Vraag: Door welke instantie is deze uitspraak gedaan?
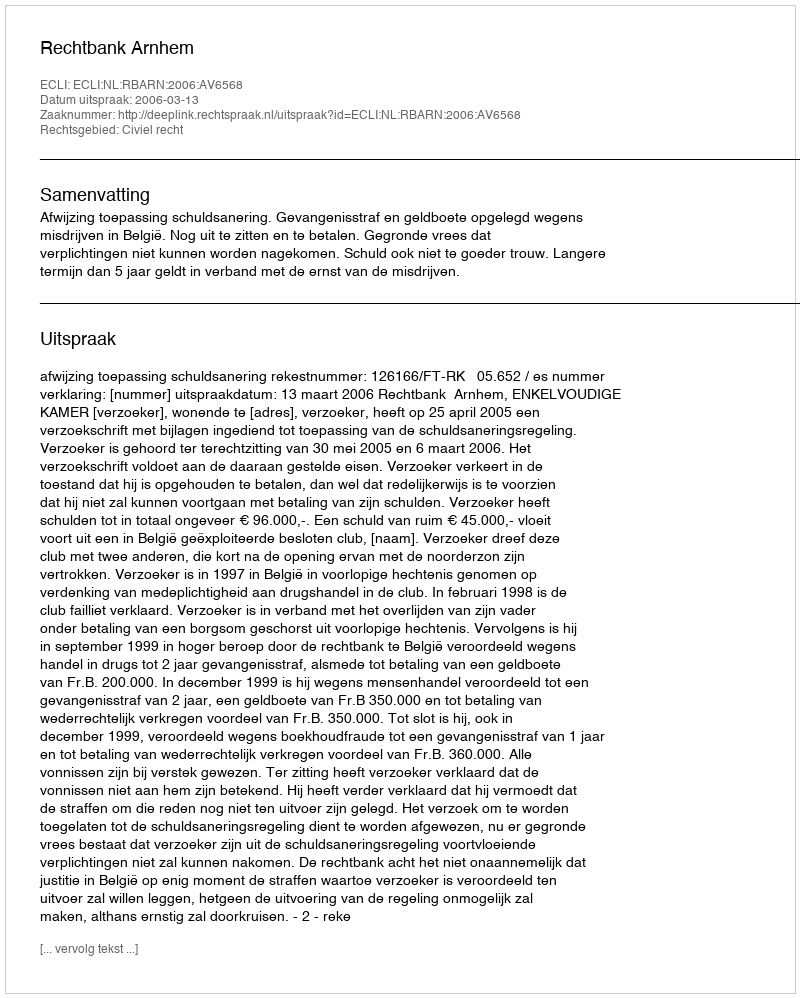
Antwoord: Rechtbank Arnhem